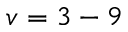
v = 3 - 9